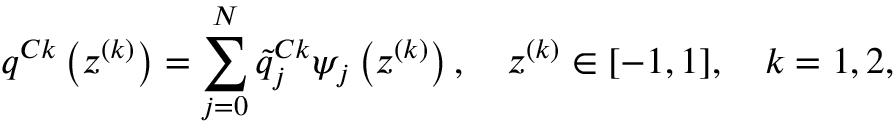
q ^ { C k } \left( z ^ { ( k ) } \right) = \sum _ { j = 0 } ^ { N } \tilde { q } _ { j } ^ { C k } \psi _ { j } \left( z ^ { ( k ) } \right) , \quad z ^ { ( k ) } \in [ - 1 , 1 ] , \quad k = 1 , 2 ,